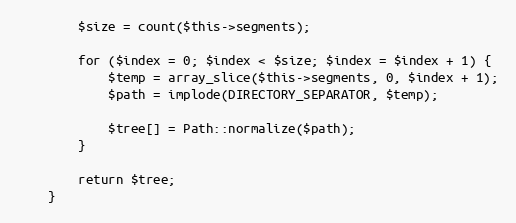
Language: PHP
        $size = count($this->segments);

        for ($index = 0; $index < $size; $index = $index + 1) {
            $temp = array_slice($this->segments, 0, $index + 1);
            $path = implode(DIRECTORY_SEPARATOR, $temp);

            $tree[] = Path::normalize($path);
        }

        return $tree;
    }